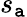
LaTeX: s_{\mathtt{a}}